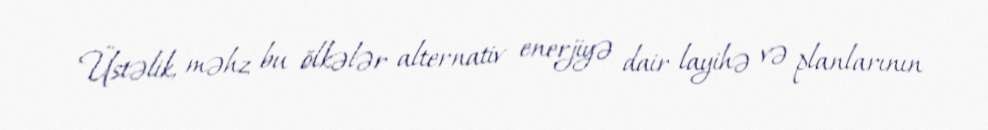
Üstəlik, məhz bu ölkələr alternativ enerjiyə dair layihə və planlarının